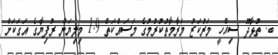
ބ. ތުޅާދޫ ސިއްހީ މަރުކަޒު މަރާމާތުކުރުމުގެ މަސައްކަތް 1.9 މިލިޔަން ރުފިޔާގެ އަގަކަށް